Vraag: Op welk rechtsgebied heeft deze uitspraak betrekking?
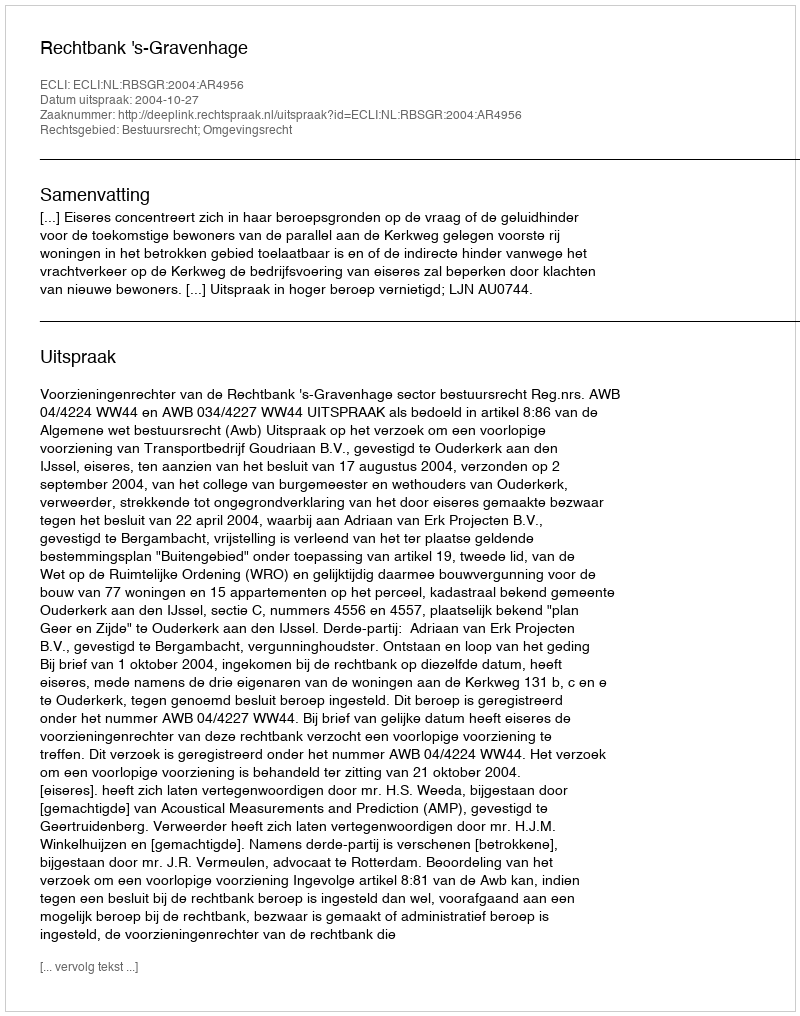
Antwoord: Bestuursrecht; Omgevingsrecht